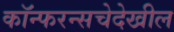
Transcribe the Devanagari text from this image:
कॉन्फरन्सचेदेखील